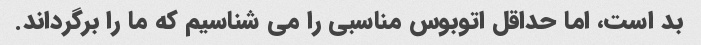
بد است، اما حداقل اتوبوس مناسبی را می شناسیم که ما را برگرداند.